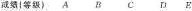
成绩（等级）ABCDE